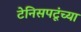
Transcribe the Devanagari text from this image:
टेनिसपटूंच्या